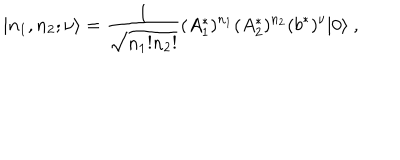
LaTeX: | n _ { 1 } , n _ { 2 } ; \nu \rangle = \frac { 1 } { \sqrt { n _ { 1 } ! n _ { 2 } ! } } ( A _ { 1 } ^ { * } ) ^ { n _ { 1 } } ( A _ { 2 } ^ { * } ) ^ { n _ { 2 } } ( b ^ { * } ) ^ { \nu } | 0 \rangle \ ,